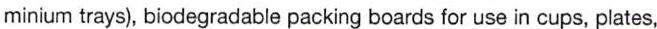
minium trays), biodegradable packing boards for use in cups, plates,